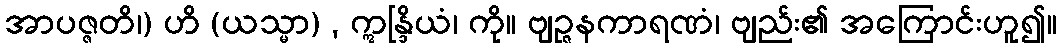
အာပဇ္ဇတိ၊) ဟိ (ယသ္မာ) , ဣန္ဒြိယံ၊ ကို။ ဗျဉ္ဇနကာရဏံ၊ ဗျည်း၏ အကြောင်းဟူ၍။